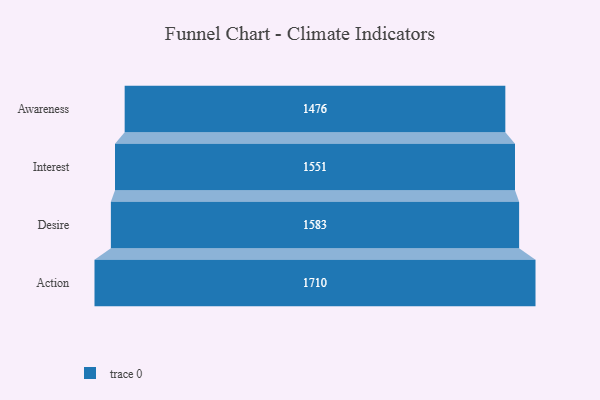
{"axis": {"x": "Stage", "y": "Value"}, "legend": [""], "data": [{"x": "Awareness", "y": 1476.0, "type": ""}, {"x": "Interest", "y": 1551.0, "type": ""}, {"x": "Desire", "y": 1583.0, "type": ""}, {"x": "Action", "y": 1710.0, "type": ""}]}